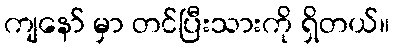
ကျနော် မှာ တင်ပြီးသားကို ရှိတယ်။